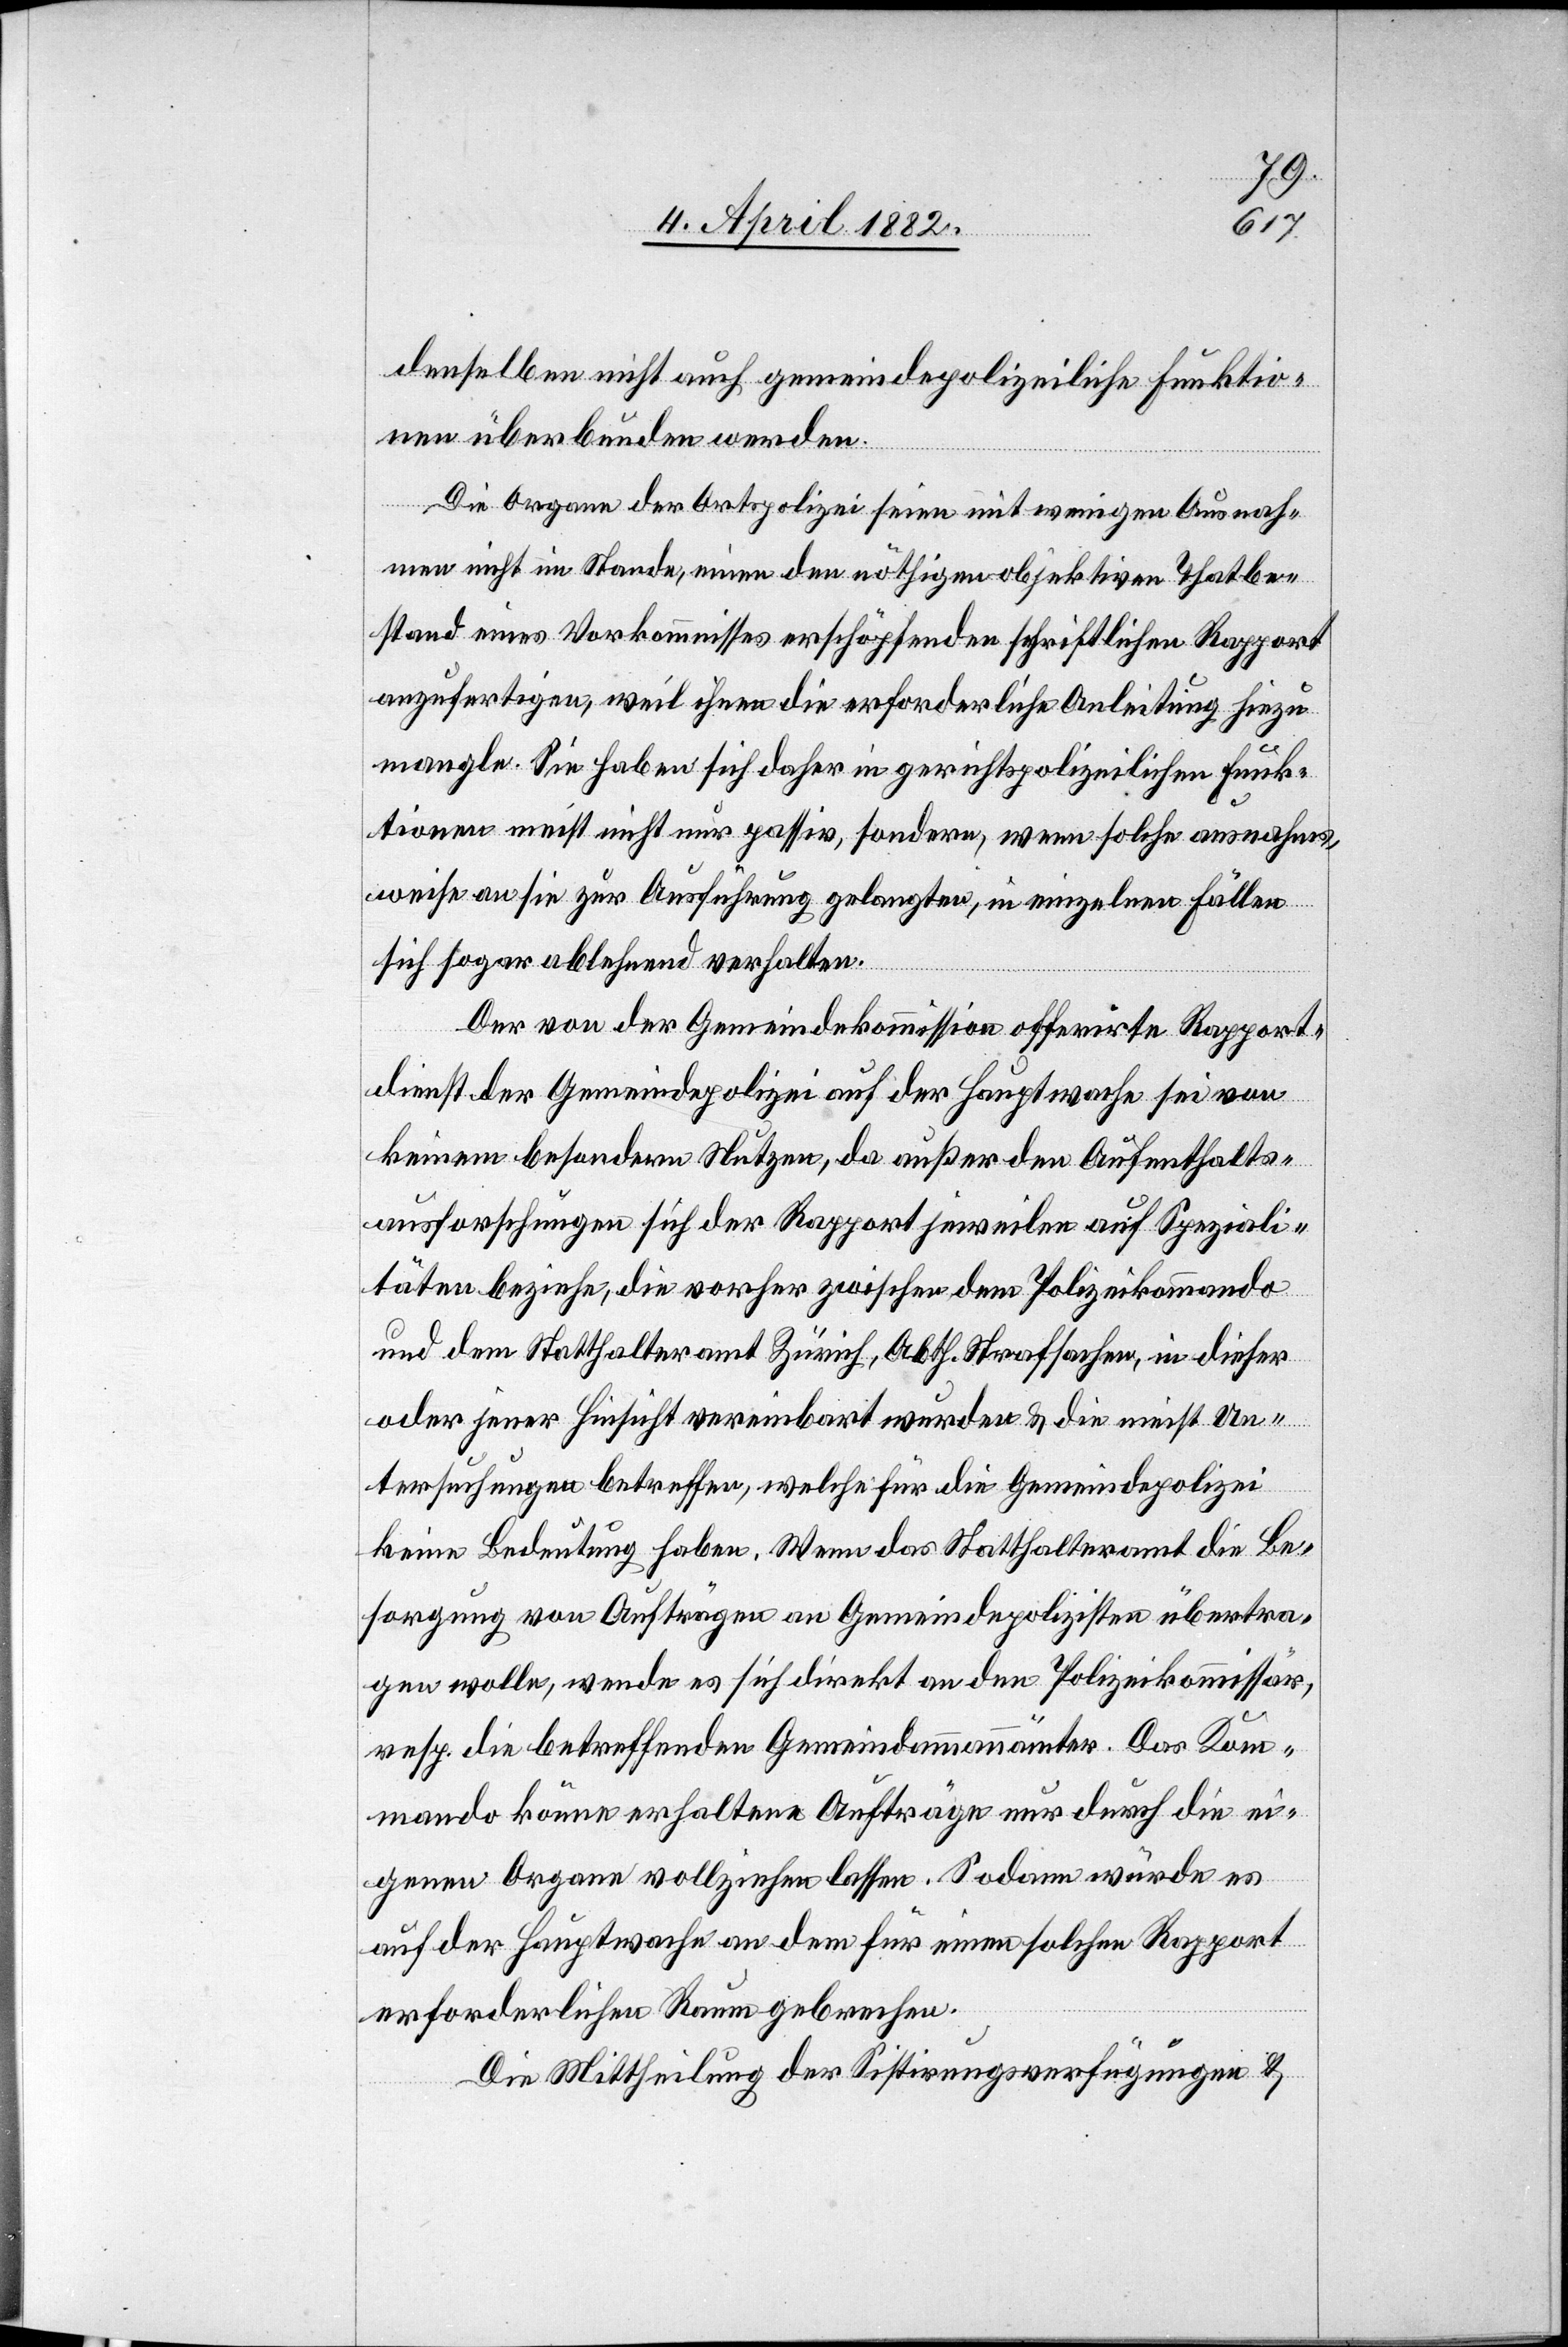
denselben nicht auch gemeindepolizeiliche Funktio¬
nen überbunden werden.
Die Organe der Ortspolizei seien mit wenigen Ausnah¬
men nicht im Stande, einen den nöthigen objektiven Thatbe¬
stand eines Vorkommnisses erschöpfenden schriftlichen Rapport
anzufertigen, weil ihnen die erforderliche Anleitung hiezu
mangle. Sie haben sich daher in gerichtspolizeilichen Funk¬
tionen meist nicht nur passiv, sondern, wenn solche ausnahms¬
weise an sie zur Ausführung gelangten, in einzelnen Fällen
sich sogar ablehnend verhalten.
Der von der Gemeindekommission offerirte Rapport¬
dienst der Gemeindepolizei auf der Hauptwache sei von
keinem besondern Nutzen, da außer den Aufenthalts¬
ausforschungen sich der Rapport jeweilen auf Speziali¬
täten beziehe, die vorher zwischen dem Polizeikommando
und dem Statthalteramt Zürich, Abth. Strafsachen, in dieser
oder jener Hinsicht vereinbart wurden & die meist Un¬
tersuchungen betreffen, welche für die Gemeindepolizei
keine Bedeutung haben. Wenn das Statthalteramt die Be¬
sorgung von Aufträgen an Gemeindepolizisten übertra¬
gen wolle, wende es sich direkt an den Polizeikommissär,
resp. die betreffenden Gemeindammannämter. Das Kom¬
mando könne erhaltene Aufträge nur durch die ei¬
genen Organe vollziehen lassen. Sodann würde es
auf der Hauptwache an dem für einen solchen Rapport
erforderlichen Raum gebrechen.
Die Mittheilung der Sistirungsverfügungen &